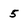
Character: 5